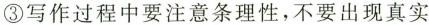
③写作过程中要注意条理性，不要出现真实